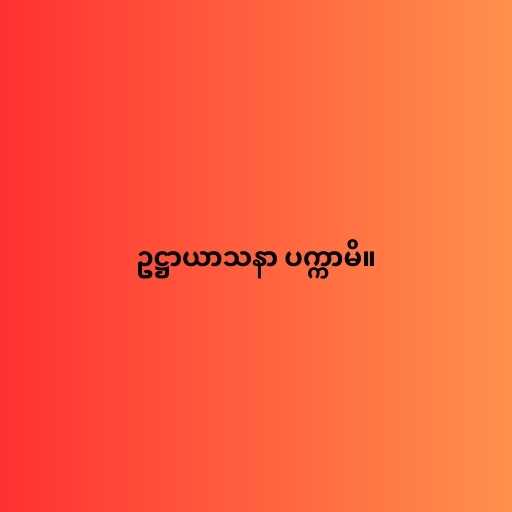
ဥဋ္ဌာယာသနာ ပက္ကာမိ။